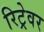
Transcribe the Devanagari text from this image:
रिट्रेवर